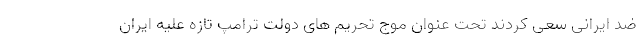
ضد ایرانی سعی کردند تحت عنوان موج تحریم های دولت ترامپ تازه علیه ایران